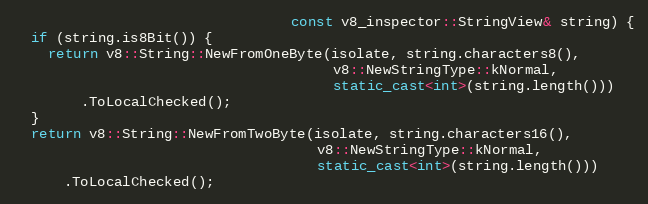
Language: C++
                                 const v8_inspector::StringView& string) {
  if (string.is8Bit()) {
    return v8::String::NewFromOneByte(isolate, string.characters8(),
                                      v8::NewStringType::kNormal,
                                      static_cast<int>(string.length()))
        .ToLocalChecked();
  }
  return v8::String::NewFromTwoByte(isolate, string.characters16(),
                                    v8::NewStringType::kNormal,
                                    static_cast<int>(string.length()))
      .ToLocalChecked();